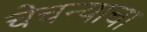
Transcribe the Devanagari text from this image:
चेचन्याचा